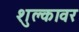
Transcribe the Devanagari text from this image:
शुल्कावर